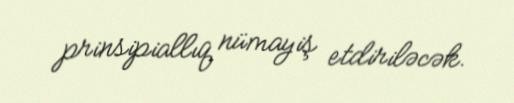
prinsipiallıq nümayiş etdiriləcək.